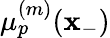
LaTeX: \mu_{p}^{(m)}(\mathbf{x}_{-})